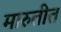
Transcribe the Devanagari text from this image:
मारुतीत